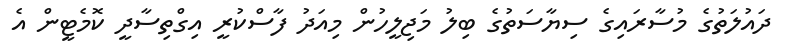
ދައުލަތުގެ މުސާރައިގެ ސިޔާސަތުގެ ބިލު މަޖިލީހުން މިއަދު ފާސްކުރީ އިގްތިސާދީ ކޮމެޓީން އެ